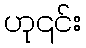
ဟု၎င်း